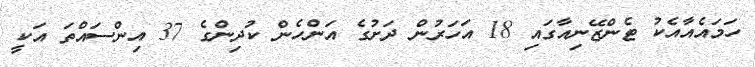
ހަމައެއާއެކު ޓެންޒޭނިއާގައި 18 އަހަރުން ދަށުގެ އަންހެން ކުދިންގެ 37 އިންސައްތަ އަކީ